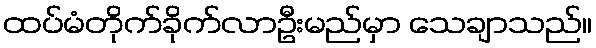
ထပ်မံတိုက်ခိုက်လာဦးမည်မှာ သေချာသည်။